Vital statistics of India. Vol. V, Reports of 1876 on armies & jails and on epidemic cholera
Year: 1876
Disease focus: Cholera
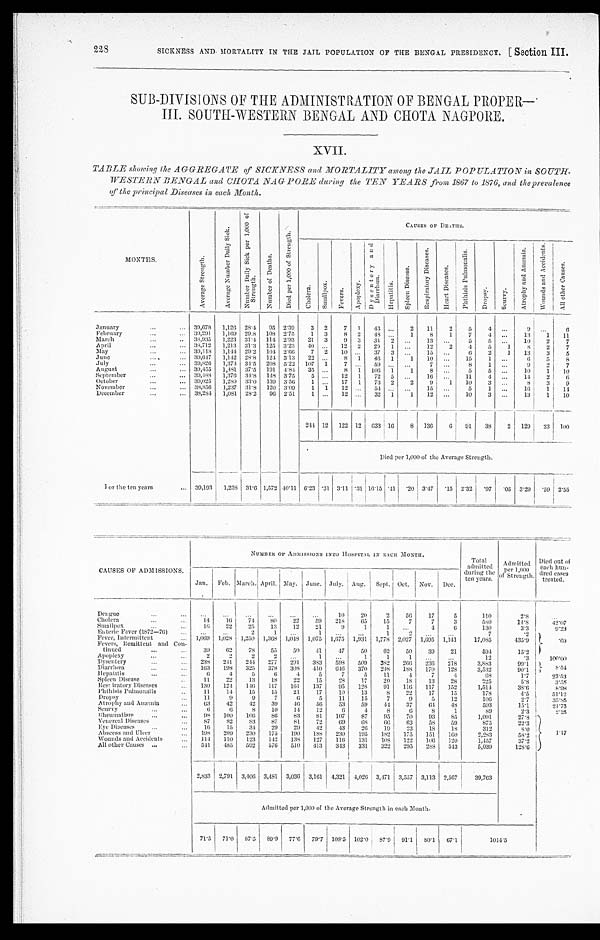
228
SICKNESS AND MORTALITY IN THE JAIL POPULATION OF THE BENGAL PRESIDENCY. [ Section III.
SUB-DIVISIONS OF THE ADMINISTRATION OF BENGAL PROPER—
III. SOUTH-WESTERN BENGAL AND CHOTA NAGPORE.
XVII.
TABLE showing the AGGREGATE of SICKNESS and MORTALITY among the JAIL POPULATION in SOUTH-
WESTERN BENGAL and CHOTA NAGPORE during the TEN YEARS from 1867 to 18 76, and the prevalence
qf the principal Diseases in each Month.
MONTHS.
A v e r a g e S t r e n g t h .
A v e r a g e N u m b e r D a i l y S i c k .
N u m b e r D a i l y S i c k p e r 1 , 0 0 0 o f S t r e n g t h .
N u m b e r o f D e a t h s .
D i e d p e r 1 , 0 0 0 o f S t r e n g t h .
C A U S E S O F D E A T H S .
Ch o l e r a .
S ma l l p o x
Fever s.
Apopl e xy.
D y s e n t e r y a n d D i a r r h œ a .
H e p a t i t i s .
S p l e e n D i s e a s e .
R e s p i r a t o r y D i s e a s e .
H e a r t D i s e a s e s .
P h t h i s i s P u l m o n a l i s .
Dropsy.
Sc u r v y .
A t r o p h y a n d A n æ m i a .
W o u n d s a n d A c c i d e n t s .
A l l o t h e r C a u s e s .
January
39,678 1,126 28.4 95 2.39
3 2
7 1
43 ...
2
11
2
5
4 ...
9
...
6
February
39,291 1,169 29.8 108 2.75
1 3
8 2
4 8 ...
1
8
1
7
4
...
13
1
11
March
38,935 1,223 31.4 114 2.93
21 3
9 3
34 2 ...
13
...
5
5 ...
10
2
7
April
38,712 1,213 31.3 125 3.23 40 ...
12 2
29 1
...
12 2
4
5
1
8
2
7
May
39,118 1,144 29.2 104 2.66
7 2
10 ...
37 3
...
15 ...
6
2
1
13
3
5
June
39,647 1,142 28.8 124 3.13
22
...
8 1
46 1
1
10 ...
15
1
...
6
5
8
July
39,826 1,374 34.5 208 5.22 107 1
7
...
59 ... ...
7 ...
8
1
...
9
2
7
August
39,455 1,481 37.5 191 4.84
35 ...
8 1 106 1
1
8 ...
5
5
...
10
1
1 0
September
39,488 1,376 34.8 148 3.75
5 ...
12 1
72 5
...
16 ...
11
4
...
14
2
6
October
39,025 1,289 33.0 139 3.56
1 ...
17 1
73 2
2
9
1
10
3 ...
8
3
9
November
38,856 1,237 31.8 120 3.09
1 1
12 ...
54 ...
...
15
...
5
1 ...
1 6 1
1 4
December
38,284 1,081 28.2 96 2.51
1 ...
12 ...
32 1
1
12
...
10
3
...
13
1
10
2 4 4 12 122 12 633 16
8 136
6 91
38
2 129
23 100
Died per 1,000 of the Average Strength.
For the ten years
39,193 1,238 31.6 1,572 40.11 6.23 .31 3.11 .31 16.15 .41
. 2 0 3.47
. 1 5 2.32 .97
. 05 3.29
.59 2 . 5 5
CAUSES OF ADMISSIONS.
-
NUMBER OF ADMISSIONS INTO HOSPITAL IN EACH MONTH. Total
admitted
during the
ten years.
Admitted
per 1, 000 of St rengt h.
Died
out of each hun- dr ead cases
treated.
Jan. Feb. March. April.
M a y . June. July. Aug. Sept. Oct. Nov. Dec.
Dengue
...
...
...
... ... ...
10
20
2
56
17
5
110
2.8
...
Cholera
14
16
74
80
22
59 218
65
15
7
7
3
580
14.8
42.07
Smallpox
16
22
25
13
12
21
9
1
1
...
4
6
130
3 . 3 9.23
Enteric Fever (1872—76)
...
...
2
1
...
1
...
...
1
2
...
...
7
. 2
.69
Fever, Intermittent
1,069 1,028 1,250 1,368 1,048 1,075 1,675 1,931 1,778 2,027 1,695 1,141
17,085
4 3 5 . 9
Fevers, Remittent and Con-
tinued
3 9 62
78
55
59
41
47
50
62
50
39
21
594
15.2
Apoplexy
2
2
2
2
...
1
...
1
1
1 ...
...
12
. 3
1 0 0 . 0 0
Dysentery
238 241
244 277
291
383
598
509
382
266 236 218
3,883
9 9 . 1
8 . 5 4
Diarrhæa
163
198
325
378
308 410
646 370
248
188
170
128
3,532
90.1
Hepatitis
6
4
5
6
4
5
7
5
11
4
7
4
68
1 . 7
23.53
Spleen Disease
11
22
13
18
22
15
28
17
20
1 8
13
28
225
5 . 8 3.55
Respiratory Diseases
130 124
146 117
161
137
95
128
91
116 117
152
1,514
38.6
8 . 9 8
Phthisis Pulmonalis
11
14
15
15
21
17
10 13
8
22
17
15
178
4 . 5 5 1 . 1 2
Dropsy
11
9
9
7
6
5
11
15
7
9
5
12
106
2.7
35.35
Atrophy and Anæmia
63
42
42
39
4 6
5 6
53
59
4 4 37
64
48
593
1 5 . 1
21.75
Scurvy
6
6
8
10
14
12
6
4.
8
6
8
1
89
2.3
2.25
Rheumatism
98
1 0 0
1 0 6
8 6 83
8 1 107
87
95
70
93
85
1,091
27.8
1 . 1 7
Venereal Diseases
87
82
83
87
81
72
69
68
66
63
58
59
875
22.3
Eye Diseases
1 6
1 5
3 4 29
29
42
43
26
19
23
18
18
312
8 . 0
Abscess and Ulcer
198 209
230
175
190
188 230
195
182
175
151
160
2 ,283
58.2
Wounds and Accidents
114
110
123
142
138
127
116 131
108
122
106 120
1,457
37.2
All Other Causes
541
485
592
576 510 413
343
331
322
295
288
343
5,039
128.6
2,833 2,791 3,406 3,481 3,036 3,161 4,321 4,026
3 , 4 7 1 3,557 3,113 2,567
39,763
Admitted per 1,000 of the Average Strength in each Month
.
7 1 . 5
7 1 . 0
8 7 . 5
8 9 . 9
7 7 . 6
7 9 . 7
1 0 8 . 5
1 0 2 . 0
8 7 . 9
9 1 . 1
8 0 . 1
6 7 . 1
1 0 1 4 . 5